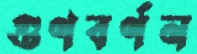
গুণবর্ণন